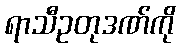
ရာသီဥတုဒဏ်ကို